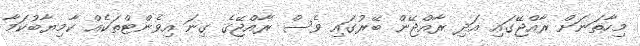
މިހާތަނަށް ރާއްޖޭގައި އަދި ރާއްޖޭން ބޭރުގައި ވެސް ރާއްޖޭގެ ގިނަ އިވެންޓްތަކެއް ކާމިޔާބުކަމާ